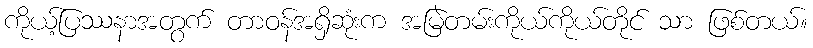
ကိုယ့်ပြဿနာအတွက် တာဝန်အရှိဆုံးက အမြဲတမ်းကိုယ်ကိုယ်တိုင် သာ ဖြစ်တယ်။